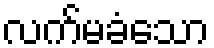
လက်မခံသော